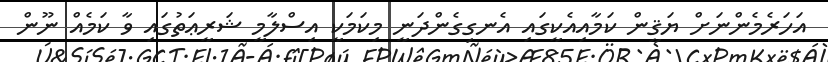
އަހަރެމެންނަށް ޔަޤީން ކަމާއިއެކީގައި އެނގިގެންދަނީ މިކަމަކީ އިސްލާމީ ޝަރީޢަތުގައި ވާ ކަމެއް ނޫން